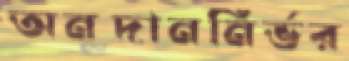
অনুদাননির্ভর